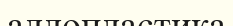
аллопластика